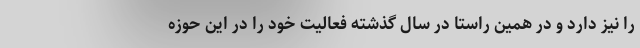
را نیز دارد و در همین راستا در سال گذشته فعالیت خود را در این حوزه